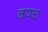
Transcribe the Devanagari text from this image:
वयच